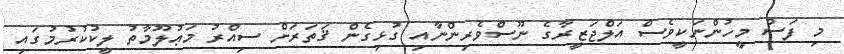
މި ފަސް މީހުންނަކީވެސް އަލްޖަޒީރާގެ ނޫސްވެރިންނާއި ގުޅިގެން ޤަތަރަށް ސިއްރު މަޢުލޫމާތު ލީކުކުރުމުގައި